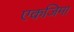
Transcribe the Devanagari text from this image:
एकजिमा